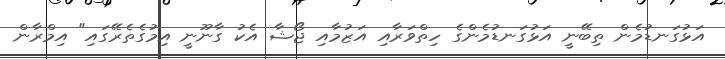
އަޅުގަނޑުމެން ތިބޭނީ އަޅުގަނޑުމެންގެ ހިތްވަރާއި އަޒުމާއި ޖޯޝާ އެކު ގާނޫނީ އިމުގެތެރޭގައި" އިމްރާން